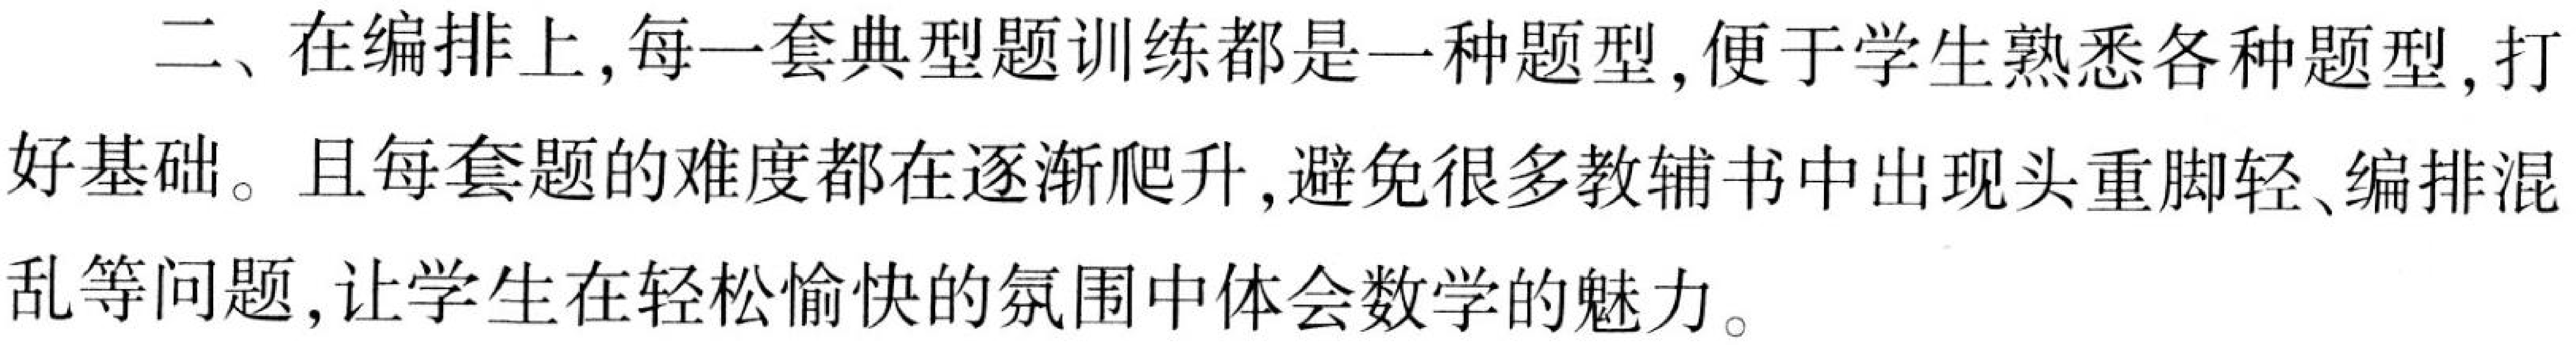
二、在编排上,每一套典型题训练都是一种题型,便于学生熟悉各种题型,打好基础。且每套题的难度都在逐渐爬升,避免很多教辅书中出现头重脚轻、编排混乱等问题,让学生在轻松愉快的氛围中体会数学的魅力。